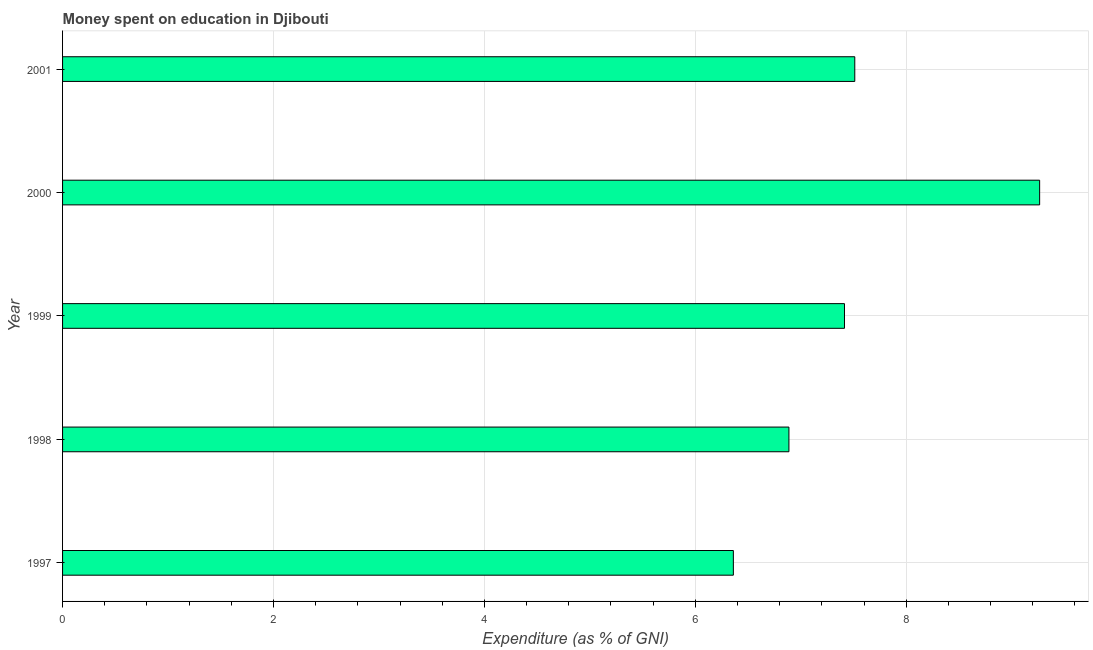
| Year | Education expenditure |
 | --- | --- |
 | 1997 | 6.36 |
 | 1998 | 6.89 |
 | 1999 | 7.41 |
 | 2000 | 9.27 |
 | 2001 | 7.51 |